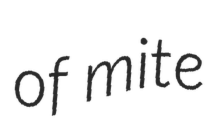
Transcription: of mite